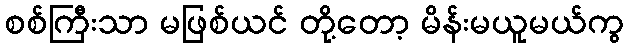
စစ်ကြီးသာ မဖြစ်ယင် တို့တော့ မိန်းမယူမယ်ကွ